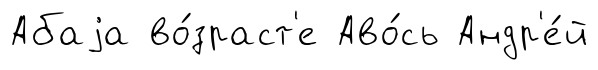
Абаjа во́зраст'е Аво́сь Андр'е́й